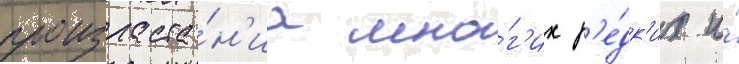
произраста́н'иа мно́г'их р'е́дк'их и́